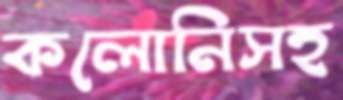
কলোনিসহ